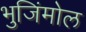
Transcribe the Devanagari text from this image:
भुजिंमोल